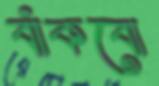
বাঁকবো